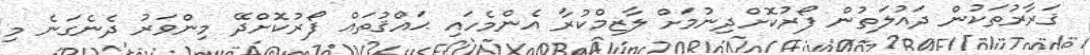
ޤަރާރުތަކުން ދައުލަތުން ފޯރުކޮށްދިނުމަށް ލާޒިމްކުރާ އެންމެހައި ޙައްޤުތައް ފޯރުކޮށްދޭ މިންވަރު ދެނެގަނެ މި